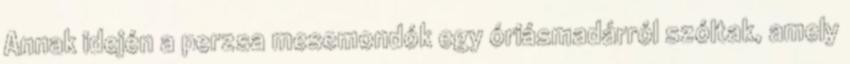
Annak idején a perzsa mesemondók egy óriásmadárról szóltak, amely